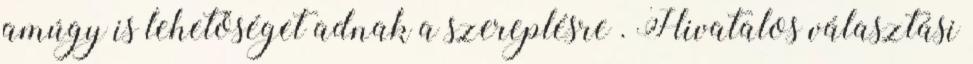
amúgy is lehetőséget adnak a szereplésre . Hivatalos választási